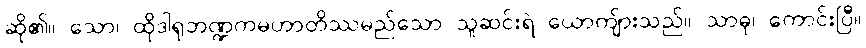
ဆို၏။ သော၊ ထိုဒါရုဘဏ္ဍကမဟာတိဿမည်သော သူဆင်းရဲ ယောကျ်ားသည်။ သာဓု၊ ကောင်းပြီ။